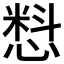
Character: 𰒄